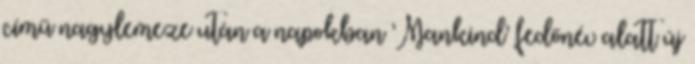
című nagylemeze után a napokban ’Mankind’ fedőnév alatt új